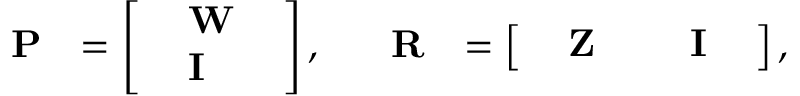
\textrm { \textbf { P } } = \left[ \begin{array} { l } { \textrm { \textbf { W } } } \\ { \textrm { \textbf { I } } } \end{array} \right] , \quad \textrm { \textbf { R } } = \left[ \begin{array} { l l } { \textrm { \textbf { Z } } } & { \textrm { \textbf { I } } } \end{array} \right] ,